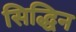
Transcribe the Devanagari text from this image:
सिद्धिन